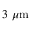
3 \ \mu \mathrm { m }